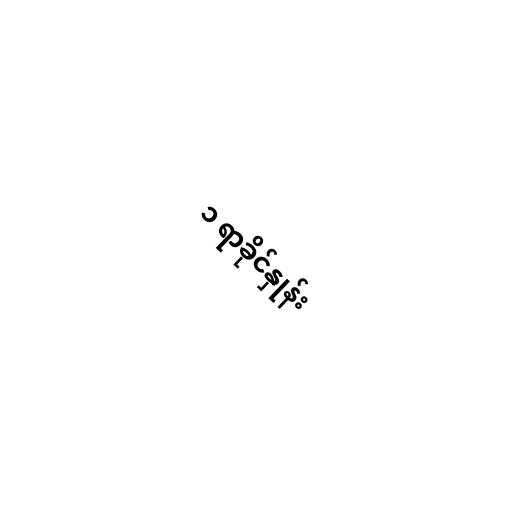
၁ ရာခိုင်နှုန်း